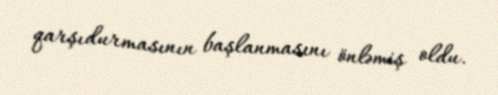
qarşıdurmasının başlanmasını önləmiş oldu.